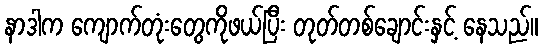
နာဒါက ကျောက်တုံးတွေကိုဖယ်ပြီး တုတ်တစ်ချောင်းနှင့် နေသည်။